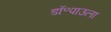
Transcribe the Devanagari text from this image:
डॉ॰पाउला